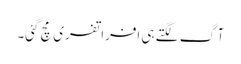
آگ لگتے ہی افراتفری مچ گئی۔